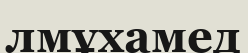
лмұхамед